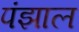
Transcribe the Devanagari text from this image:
पंझाल